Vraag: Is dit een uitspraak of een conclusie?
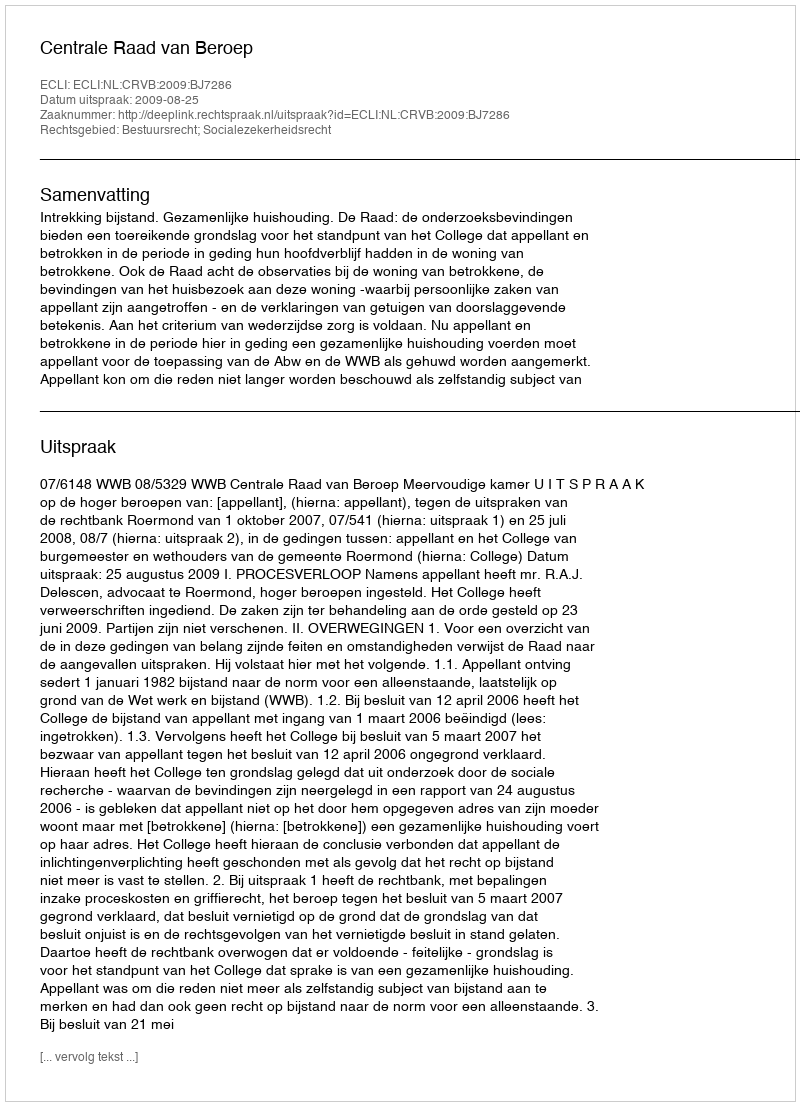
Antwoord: Uitspraak